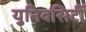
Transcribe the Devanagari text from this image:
युनिवसिर्टी